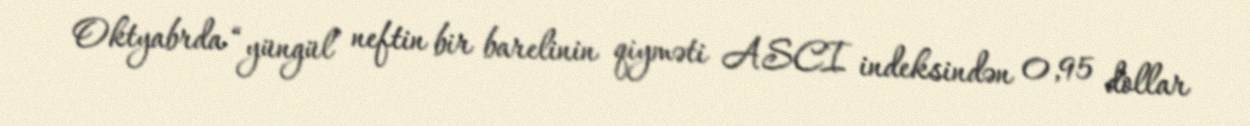
Oktyabrda “yüngül” neftin bir barelinin qiyməti ASCI indeksindən 0,95 dollar